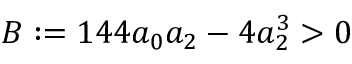
B : = 1 4 4 a _ { 0 } a _ { 2 } - 4 a _ { 2 } ^ { 3 } > 0